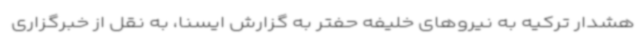
هشدار ترکیه به نیروهای خلیفه حفتر به گزارش ایسنا،‌ به نقل از خبرگزاری